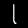
Label: 1